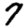
Digit: 7